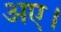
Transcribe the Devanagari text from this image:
अए।